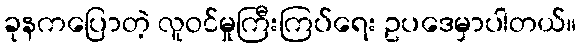
ခုနကပြောတဲ့ လူဝင်မှုကြီးကြပ်ရေး ဥပဒေမှာပါတယ်။